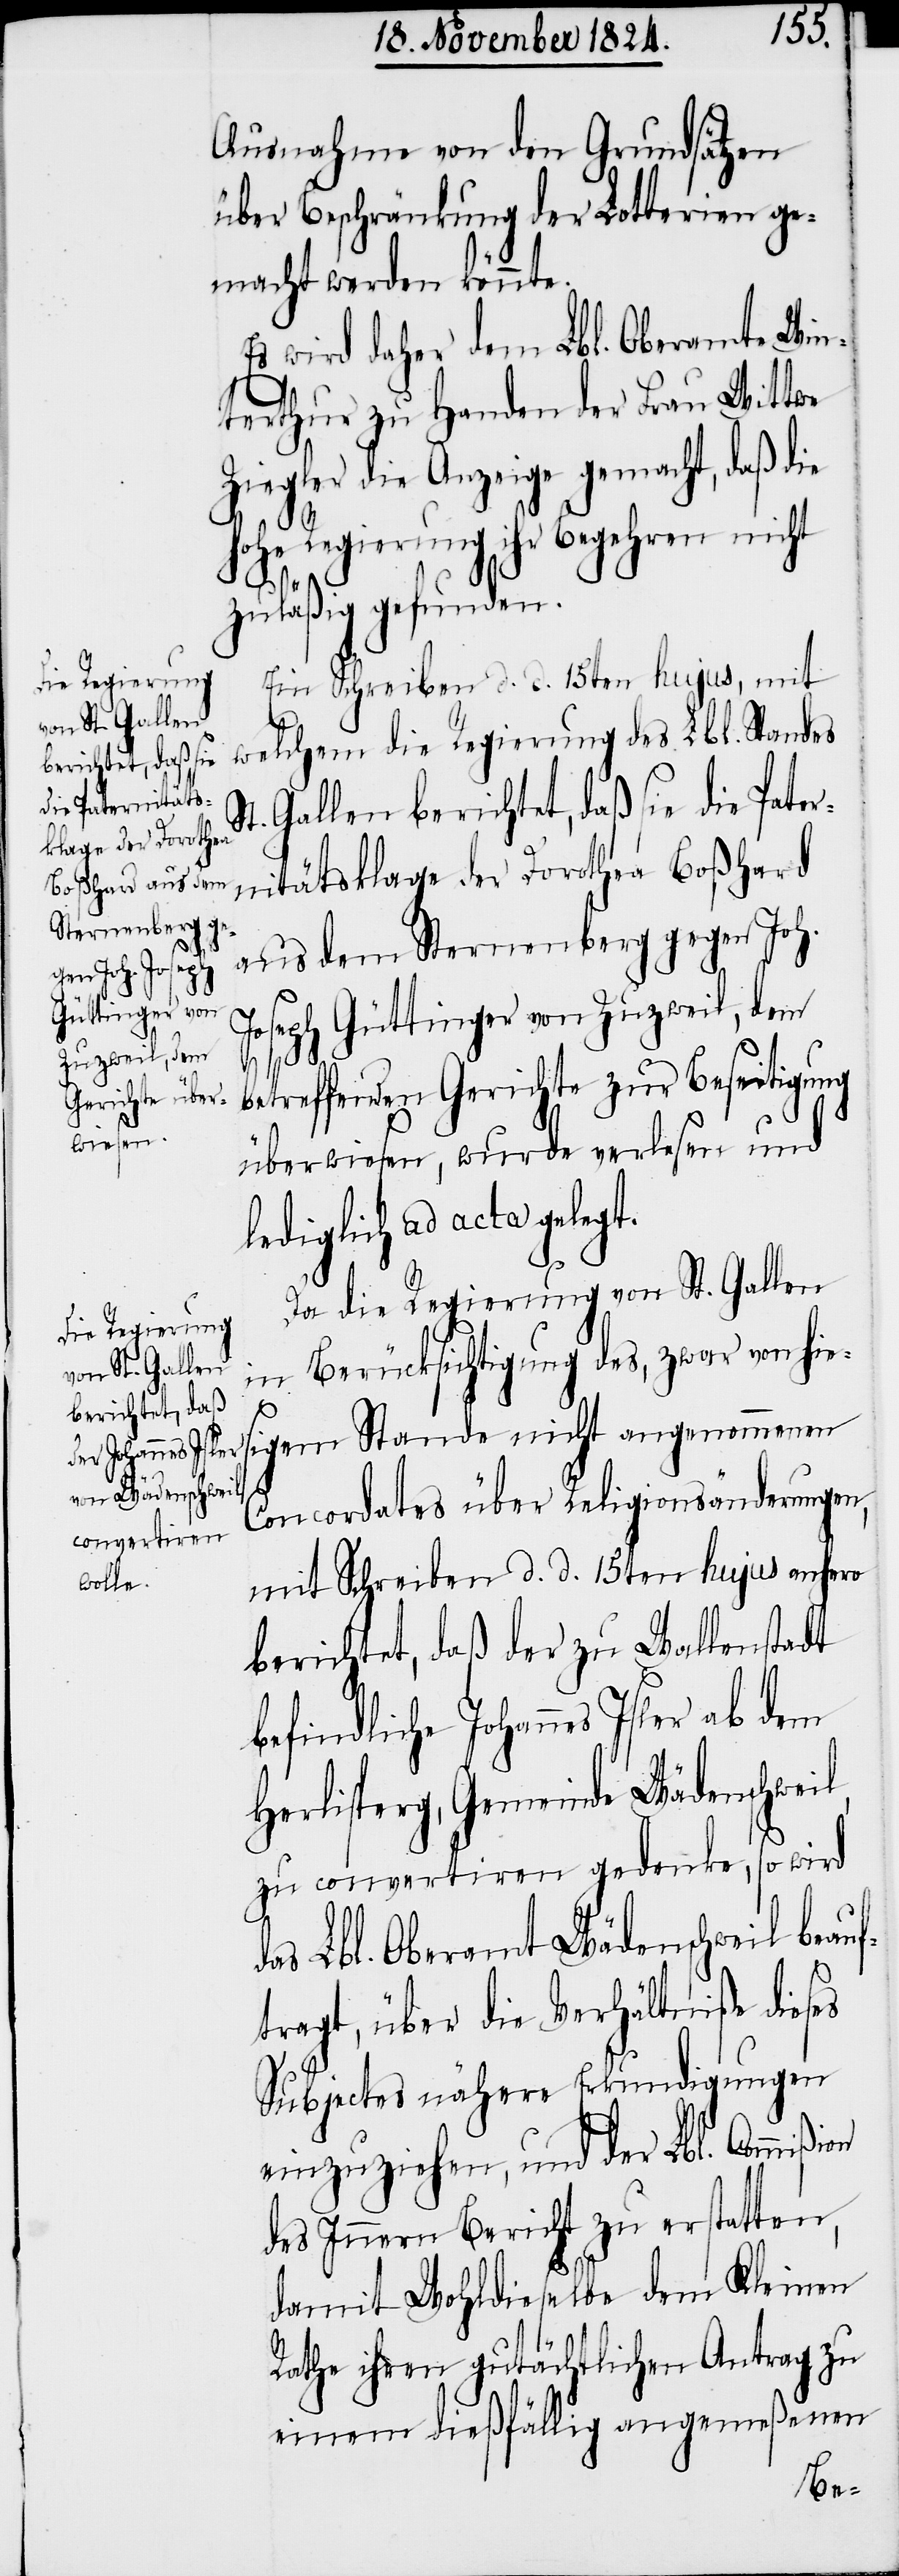
Ausnahme von den Grundsätzen
über Beschränkung der Lotterien ge¬
macht werden könnte.
Es wird daher dem Lbl. Oberamt Win¬
terthur zu Handen der Frau Wittwe
Ziegler die Anzeige gemacht, daß die
hohe Regierung ihr Begehren nicht
zuläßig gefunden.
Ein Schreiben d. d. 15ten hujus, mit
welchem die Regierung des Lbl. Standes
t. Gallen berichtet, daß sie die Pater¬
nitätsklage der Dorothea Boßhard
aus dem Sternenberg gegen Joh.
Jospeh Güttinger von Zuzweil, dem
betreffenden Gerichte zur Beseitigung
überwiesen, wurde verlesen und
lediglich ad acta gelegt.
Da die Regierung von St. Gallen
in Berücksichtigung des, zwar von hie¬
on
sigem Stande nicht angenommenen
H¬
Concordates über die Religionsänderungen,
mit Schreiben d. d. 15ten hujus anhero
berichtet, daß der zu Wallenstadt
befindliche Johannes Isler ab dem
errlisperg, Gemeine Wädenschweil,
zu convertiren gedenke, so wird
das Lbl. Oberamt Wädenschweil beauf¬
tragt, über die Verhältniße dieses
Subjectes nähere Erkundigungen
einzuziehen, und der Lbl. Commißi¬
des Innern Bericht zu erstatten,
damit Wohldieselbe dem Kleinen
Rathe ihren gutächtlichen Antrag zu
einem dießfällig angemeßenen